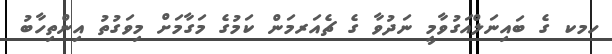
ހމކ ގެ ބައިނަލްއަގުވާމީ ނަދުވާ ގެ ޗެއަރމަން ކަމުގެ މަގާމަށް މިވަގުތު އިންތިހާބު